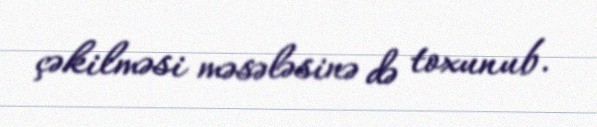
çəkilməsi məsələsinə də toxunub.